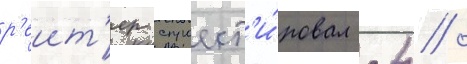
р'еит'ер спроект'и́ровал -4 /